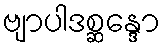
ဗျာပါဒစ္ဆန္ဒော